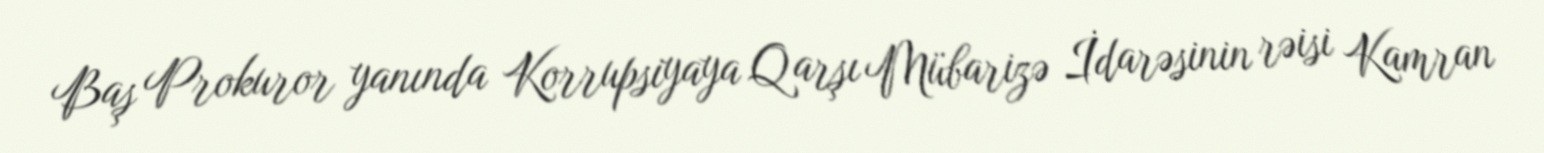
Baş Prokuror yanında Korrupsiyaya Qarşı Mübarizə İdarəsinin rəisi Kamran